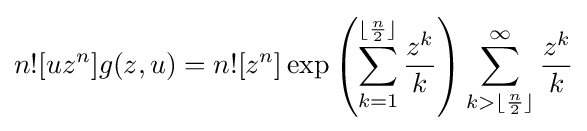
n![uz^{n}]g(z,u)=n![z^{n}]\exp \left(\sum _{k=1}^{\lfloor {\frac {n}{2}}\rfloor }{\frac {z^{k}}{k}}\right)\sum _{k>\lfloor {\frac {n}{2}}\rfloor }^{\infty }{\frac {z^{k}}{k}}